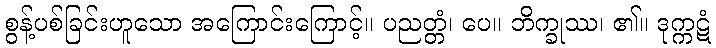
စွန့်ပစ်ခြင်းဟူသော အကြောင်းကြောင့်။ ပညတ္တံ၊ ပေ။ ဘိက္ခုဿ၊ ၏။ ဒုက္ကဋံ